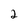
Character: 2